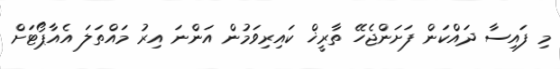
މި ފައިސާ ދައްކަން ފަށަންޖެހޭ ތާރީޚް ކައިރިވަމުން އަންނަ އިރު މައްތަލަ އެއާޕޯޓަށް